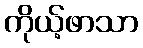
ကိုယ့်ဖာသာ